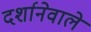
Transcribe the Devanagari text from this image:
दर्शानेवाले